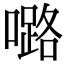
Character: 𡀔